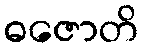
ဓဇောတိ